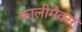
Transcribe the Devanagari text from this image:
कालीमैक्स